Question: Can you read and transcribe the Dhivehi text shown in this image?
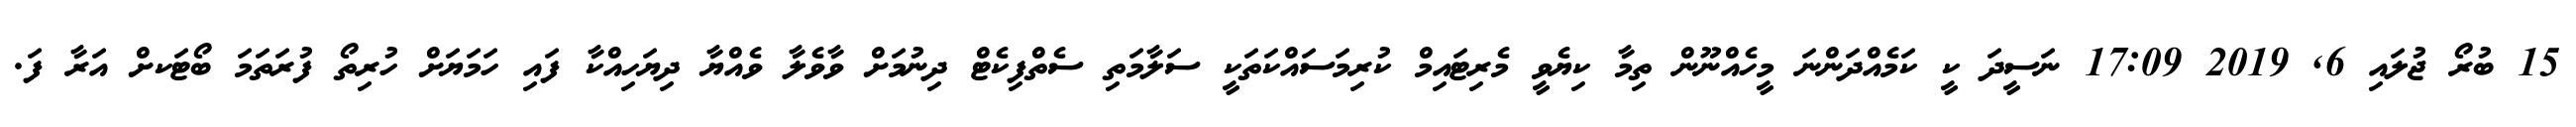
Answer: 15 ބުރޯ ޖުލައި 6, 2019 17:09 ނަސީދަ ކީ ކަމެއްދަންނަ މީހެއްނޫން ތިމާ ކިޔެވީ މެރިޓައިމް ކުރިމަސައްކަތަކީ ސަލާމަތި ސެތްފިކެޓް ދިނުމަށް ވާވެލާ ވެއްޔާ ދިޔަހިއްކާ ފައި ހަމަޔަށް ހުރިތޯ ފުރަތަމަ ބޯޓަކށް އަރާ ފަ.